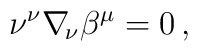
\nu^\nu\nabla_{\!\nu}\beta^\mu=0\, ,